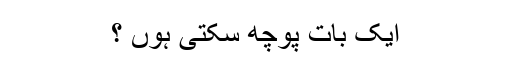
ایک بات پوچھ سکتی ہوں ؟